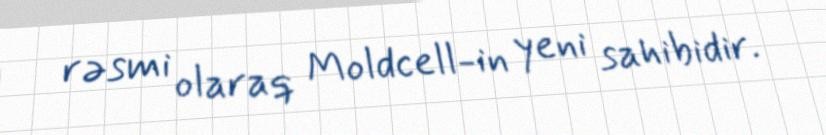
rəsmi olaraq Moldcell-in yeni sahibidir.